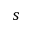
s